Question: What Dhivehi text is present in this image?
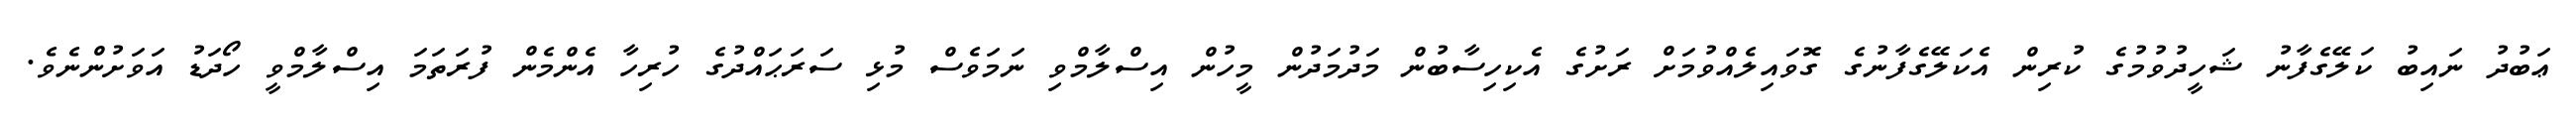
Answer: ޢަބުދު ނައިބު ކަލޭގެފާނު ޝަހީދުވުމުގެ ކުރިން އެކަލޭގެފާނުގެ ގޮވައިލެއްވުމަށް ރަށުގެ އެކިހިސާބުން މަދުމަދުން މީހުން އިސްލާމްވި ނަމަވެސް މުޅި ސަރަޙައްދުގެ ހުރިހާ އެންމެން ފުރަތަމަ އިސްލާމްވީ ހޯދަޑު އަވަށުންނެވެ.